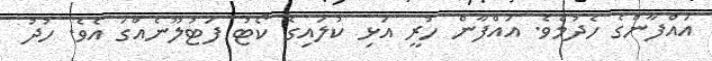
އައްފާންގެ ހެދުމެވެ. އައްފާން ހުރީ އަޅި ކުލައިގެ ކޯޓު ފަޓުލޫނެއްގަ އެވެ. ހުދު